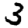
Digit: 3